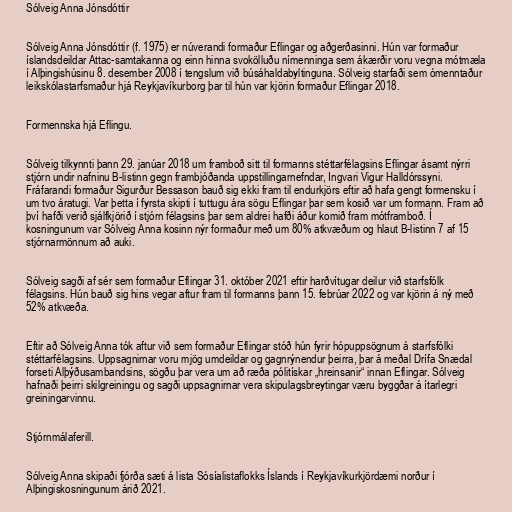
Sólveig Anna Jónsdóttir

Sólveig Anna Jónsdóttir (f. 1975) er núverandi formaður Eflingar og aðgerðasinni. Hún var formaður
íslandsdeildar Attac-samtakanna og einn hinna svokölluðu nímenninga sem ákærðir voru vegna mótmæla
í Alþingishúsinu 8. desember 2008 í tengslum við búsáhaldabyltinguna. Sólveig starfaði sem ómenntaður
leikskólastarfsmaður hjá Reykjavíkurborg þar til hún var kjörin formaður Eflingar 2018.

Formennska hjá Eflingu.

Sólveig tilkynnti þann 29. janúar 2018 um framboð sitt til formanns stéttarfélagsins Eflingar ásamt nýrri
stjórn undir nafninu B-listinn gegn frambjóðanda uppstillingarnefndar, Ingvari Vigur Halldórssyni.
Fráfarandi formaður Sigurður Bessason bauð sig ekki fram til endurkjörs eftir að hafa gengt formensku í
um tvo áratugi. Var þetta í fyrsta skipti í tuttugu ára sögu Eflingar þar sem kosið var um formann. Fram að
því hafði verið sjálfkjörið í stjórn félagsins þar sem aldrei hafði áður komið fram mótframboð. Í
kosningunum var Sólveig Anna kosinn nýr formaður með um 80% atkvæðum og hlaut B-listinn 7 af 15
stjórnarmönnum að auki.

Sólveig sagði af sér sem formaður Eflingar 31. október 2021 eftir harðvítugar deilur við starfsfólk
félagsins. Hún bauð sig hins vegar aftur fram til formanns þann 15. febrúar 2022 og var kjörin á ný með
52% atkvæða.

Eftir að Sólveig Anna tók aftur við sem formaður Eflingar stóð hún fyrir hópuppsögnum á starfsfólki
stéttarfélagsins. Uppsagnirnar voru mjög umdeildar og gagnrýnendur þeirra, þar á meðal Drífa Snædal
forseti Alþýðusambandsins, sögðu þar vera um að ræða pólitískar „hreinsanir“ innan Eflingar. Sólveig
hafnaði þeirri skilgreiningu og sagði uppsagnirnar vera skipulagsbreytingar væru byggðar á ítarlegri
greiningarvinnu.

Stjórnmálaferill.

Sólveig Anna skipaði fjórða sæti á lista Sósíalistaflokks Íslands í Reykjavíkurkjördæmi norður í
Alþingiskosningunum árið 2021.